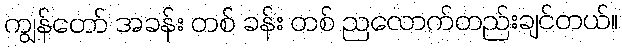
ကျွန်တော် အခန်း တစ် ခန်း တစ် ညလောက်တည်းချင်တယ်။